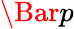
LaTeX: \Bar{p}